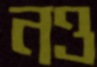
নও